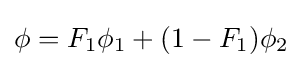
\phi =F_{1}\phi _{1}+(1-F_{1})\phi _{2}